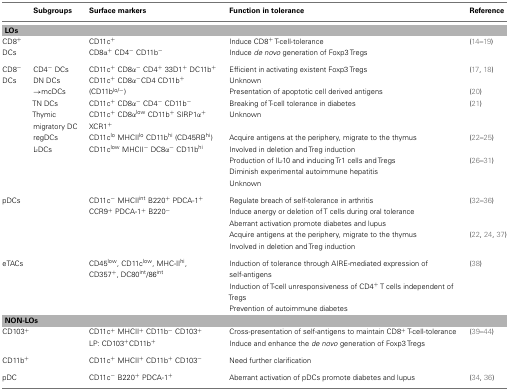
<table><thead><tr><td></td><td><b>Subgroups</b></td><td><b>Surface markers</b></td><td><b>Function in tolerance</b></td><td><b>Reference</b></td></tr></thead><tbody><tr><td colspan="5"><b>LOs</b></td></tr><tr><td>CD8<sup>+</sup></td><td></td><td>CD11c<sup>+</sup></td><td>Induce CD8<sup>+</sup> T-cell-tolerance</td><td>(14–19)</td></tr><tr><td>DCs</td><td></td><td>CD8α<sup>+</sup> CD4<sup>−</sup>CD11b<sup>−</sup></td><td>Induce <i>de novo</i> generation of Foxp3 Tregs</td><td></td></tr><tr><td>CD8<sup>−</sup></td><td>CD4<sup>−</sup> DCs</td><td>CD11c<sup>+</sup> CD8α<sup>−</sup>CD4<sup>+</sup> 33D1<sup>+</sup> DC11b<sup>+</sup></td><td>Efficient in activating existent Foxp3 Tregs</td><td>(17, 18)</td></tr><tr><td>DCs</td><td>DN DCs</td><td>CD11c<sup>+</sup> CD8α<sup>−</sup>CD4 CD11b<sup>+</sup></td><td>Unknown</td><td></td></tr><tr><td></td><td>→mcDCs</td><td>(CD11b<sup>lo/−</sup>)</td><td>Presentation of apoptotic cell derived antigens</td><td>(20)</td></tr><tr><td></td><td>TN DCs</td><td>CD11c<sup>+</sup> CD8α<sup>−</sup>CD4<sup>−</sup>CD11b<sup>−</sup></td><td>Breaking of T-cell tolerance in diabetes</td><td>(21)</td></tr><tr><td></td><td>Thymic migratory DC</td><td>CD11c<sup>+</sup> CD8α<sup>low</sup> CD11b<sup>+</sup> SIRP1α<sup>+</sup> XCR1<sup>+</sup></td><td>Unknown</td><td></td></tr><tr><td></td><td>regDCs</td><td>CD11c<sup>lo</sup> MHCII<sup>lo</sup> CD11b<sup>hi</sup> (CD45RB<sup>hi</sup>)</td><td>Acquire antigens at the periphery, migrate to the thymus</td><td>(22–25)</td></tr><tr><td></td><td>L-DCs</td><td>CD11c<sup>low</sup> MHCII<sup>−</sup>DC8α<sup>−</sup>CD11b<sup>hi</sup></td><td>Involved in deletion and Treg induction</td><td></td></tr><tr><td></td><td></td><td></td><td>Production of IL-10 and inducing Tr1 cells and Tregs</td><td>(26–31)</td></tr><tr><td></td><td></td><td></td><td>Diminish experimental autoimmune hepatitis</td><td></td></tr><tr><td></td><td></td><td></td><td>Unknown</td><td></td></tr><tr><td>pDCs</td><td></td><td>CD11c<sup>−</sup>MHCII<sup>int</sup> B220<sup>+</sup> PDCA-1<sup>+</sup></td><td>Regulate breach of self-tolerance in arthritis</td><td>(32–36)</td></tr><tr><td></td><td></td><td>CCR9<sup>+</sup> PDCA-1<sup>+</sup> B220<sup>−</sup></td><td>Induce anergy or deletion of T cells during oral tolerance</td><td></td></tr><tr><td></td><td></td><td></td><td>Aberrant activation promote diabetes and lupus</td><td></td></tr><tr><td></td><td></td><td></td><td>Acquire antigens at the periphery, migrate to the thymus</td><td>(22, 24, 37)</td></tr><tr><td></td><td></td><td></td><td>Involved in deletion and Treg induction</td><td></td></tr><tr><td>eTACs</td><td></td><td>CD45<sup>low</sup>, CD11c<sup>low</sup>, MHC-II<sup>hi</sup>, CD357<sup>+</sup>, DC80<sup>int</sup>/86<sup>int</sup></td><td>Induction of tolerance through AIRE-mediated expression of self-antigens</td><td>(38)</td></tr><tr><td></td><td></td><td></td><td>Induction of T-cell unresponsiveness of CD4<sup>+</sup> T cells independent of Tregs</td><td></td></tr><tr><td></td><td></td><td></td><td>Prevention of autoimmune diabetes</td><td></td></tr><tr><td colspan="5"><b>NON-LOs</b></td></tr><tr><td>CD103<sup>+</sup></td><td></td><td>CD11c<sup>+</sup> MHCII<sup>+</sup> CD11b<sup>−</sup>CD103<sup>+</sup></td><td>Cross-presentation of self-antigens to maintain CD8<sup>+</sup> T-cell-tolerance</td><td>(39–44)</td></tr><tr><td></td><td></td><td>LP: CD103<sup>+</sup>CD11b<sup>+</sup></td><td>Induce and enhance the <i>de novo</i> generation of Foxp3 Tregs</td><td></td></tr><tr><td>CD11b<sup>+</sup></td><td></td><td>CD11c<sup>+</sup> MHCII<sup>+</sup> CD11b<sup>+</sup> CD103<sup>−</sup></td><td>Need further clarification</td><td></td></tr><tr><td>pDC</td><td></td><td>CD11c<sup>−</sup>B220<sup>+</sup> PDCA-1<sup>+</sup></td><td>Aberrant activation of pDCs promote diabetes and lupus</td><td>(34, 36)</td></tr></tbody></table>